Indian journal of veterinary science and animal husbandry - Volume 2,
Year: 1932
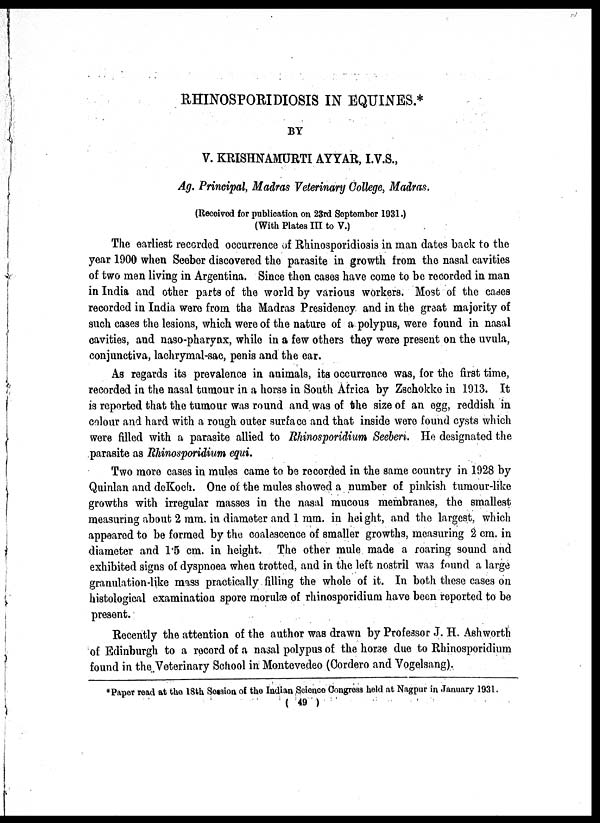
RHINOSPORIDIOSIS IN EQUINES.*
BY
V. KRISHNAMURTI AYYAR, I.V.S.,
Ag. Principal, Madras Veterinary College, Madras.
(Received for publication on 23rd September 1931.)
(With Plates III to V.)
The earliest recorded occurrence of Rhinosporidiosis in man dates back to the
year 1900 when Seeber discovered the parasite in growth from the nasal cavities
of two men living in Argentina. Since then cases have come to be recorded in man
in India and other parts of the world by various workers. Most of the cases
recorded in India were from the Madras Presidency and in the great majority of
such cases the lesions, which were of the nature of a polypus, were found in nasal
cavities, and naso-pharynx, while in a few others they were present on the uvula,
conjunctiva, lachrymal-sac, penis and the ear.
As regards its prevalence in animals, its occurrence was, for the first time,
recorded in the nasal tumour in a horse in South Africa by Zschokke in 1913. It
is reported that the tumour was round and was of the size of an egg, reddish in
colour and hard with a rough outer surface and that inside were found cysts which
were filled with a parasite allied to Rhinosporidium Seeberi. He designated the
parasite as Rhinosporidium equi.
Two more cases in mules came to be recorded in the same country in 1928 by
Quinlan and deKoch. One of the mules showed a number of pinkish tumour-like
growths with irregular masses in the nasal mucous membranes, the smallest
measuring about 2 mm. in diameter and 1 mm. in height, and the largest, which
appeared to be formed by the coalescence of smaller growths, measuring 2 cm. in
diameter and 1.5 cm. in height. The other mule made a roaring sound and
exhibited signs of dyspnoea when trotted, and in the left nostril was found a large
granulation-like mass practically filling the whole of it. In both these cases on
histological examination spore morulæ of rhinosporidium have been reported to be
present.
Recently the attention of the author was drawn by Professor J. H. Ashworth
of Edinburgh to a record of a nasal polypus of the horse due to Rhinosporidium
found in the Veterinary School in Montevedeo (Cordero and Vogelsang).
* Paper read at the 18th Session of the Indian Science Congress held at Nagpur in January 1931.
( 49 )